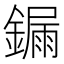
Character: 𨫒